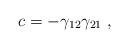
LaTeX: \begin{align*}c = -\gamma_{12} \gamma_{21} \;,\end{align*}